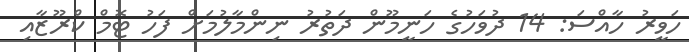
ހަވީރު ހާއްސަ: 14 ދުވަހުގެ ހަނީމޫން ދަތުރު ނިންމާލުމަށް ފަހު ޓޮމް ކްރޫޒާއި